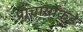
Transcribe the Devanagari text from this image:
प्राचार्यांकडे